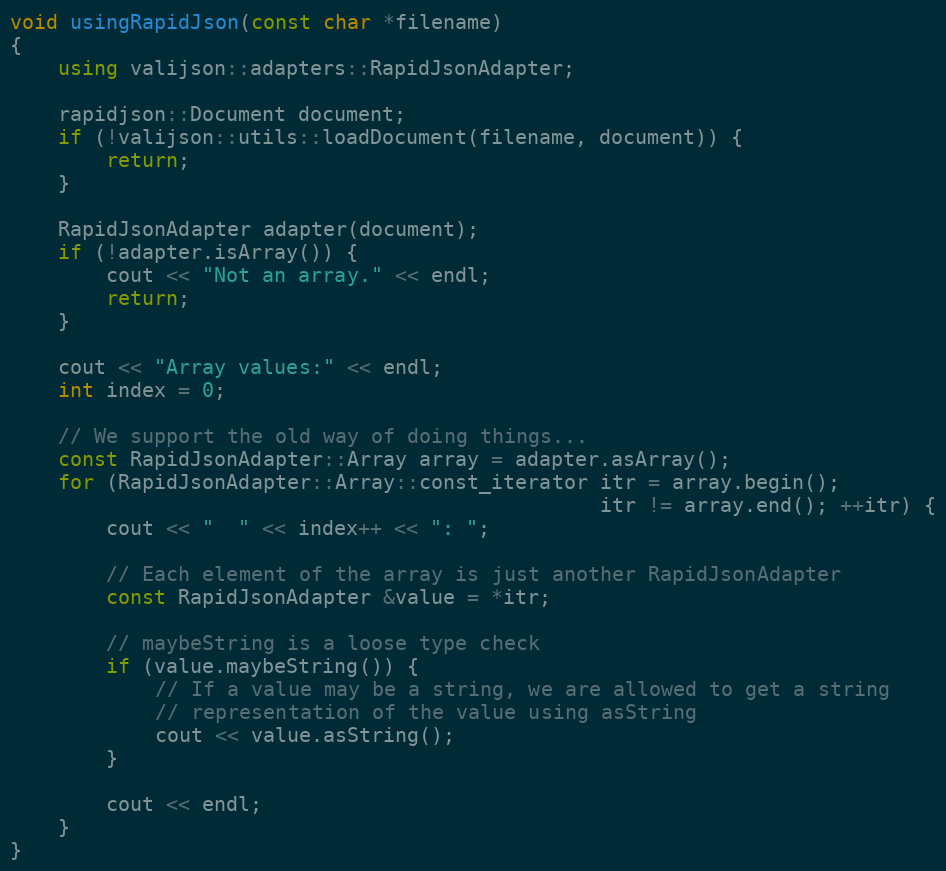
Language: C++
void usingRapidJson(const char *filename)
{
    using valijson::adapters::RapidJsonAdapter;

    rapidjson::Document document;
    if (!valijson::utils::loadDocument(filename, document)) {
        return;
    }

    RapidJsonAdapter adapter(document);
    if (!adapter.isArray()) {
        cout << "Not an array." << endl;
        return;
    }

    cout << "Array values:" << endl;
    int index = 0;

    // We support the old way of doing things...
    const RapidJsonAdapter::Array array = adapter.asArray();
    for (RapidJsonAdapter::Array::const_iterator itr = array.begin();
                                                 itr != array.end(); ++itr) {
        cout << "  " << index++ << ": ";

        // Each element of the array is just another RapidJsonAdapter
        const RapidJsonAdapter &value = *itr;

        // maybeString is a loose type check
        if (value.maybeString()) {
            // If a value may be a string, we are allowed to get a string
            // representation of the value using asString
            cout << value.asString();
        }

        cout << endl;
    }
}